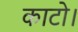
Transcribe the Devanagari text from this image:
काटो।